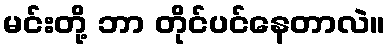
မင်းတို့ ဘာ တိုင်ပင်နေတာလဲ။